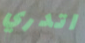
اتدري